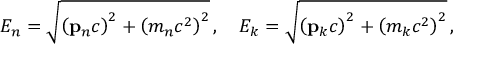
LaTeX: E _ { n } = { \sqrt { \left( \mathbf { p } _ { n } c \right) ^ { 2 } + \left( m _ { n } c ^ { 2 } \right) ^ { 2 } } } \, , \quad E _ { k } = { \sqrt { \left( \mathbf { p } _ { k } c \right) ^ { 2 } + \left( m _ { k } c ^ { 2 } \right) ^ { 2 } } } \, ,